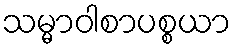
သမ္မာဝါစာပစ္စယာ